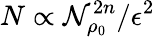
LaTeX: N\propto\mathcal{N}_{\rho_{0}}^{2n}/\epsilon^{2}